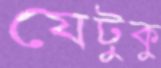
যেটুকু